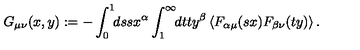
G _ { \mu \nu } ( x , y ) : = - \int _ { 0 } ^ { 1 } \! \! d s s x ^ { \alpha } \int _ { 1 } ^ { \infty } \! \! d t t y ^ { \beta } \left\langle F _ { \alpha \mu } ( s x ) F _ { \beta \nu } ( t y ) \right\rangle .